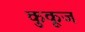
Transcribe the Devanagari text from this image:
कुकूज